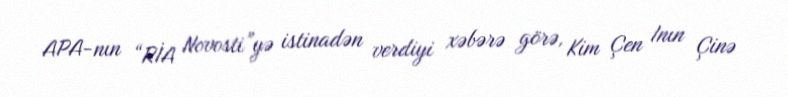
APA-nın “RİA Novosti”yə istinadən verdiyi xəbərə görə, Kim Çen Inın Çinə